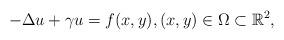
LaTeX: \begin{align*}-\Delta u + \gamma u = f(x,y), (x,y)\in \Omega \subset\mathbb{R}^2,\end{align*}